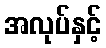
အလုပ်နှင့်